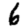
Digit: 6